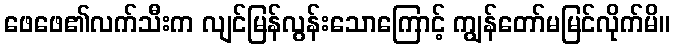
ဖေဖေ၏လက်သီးက လျင်မြန်လွန်းသောကြောင့် ကျွန်တော်မမြင်လိုက်မိ။